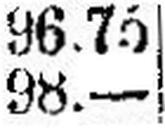
98.—